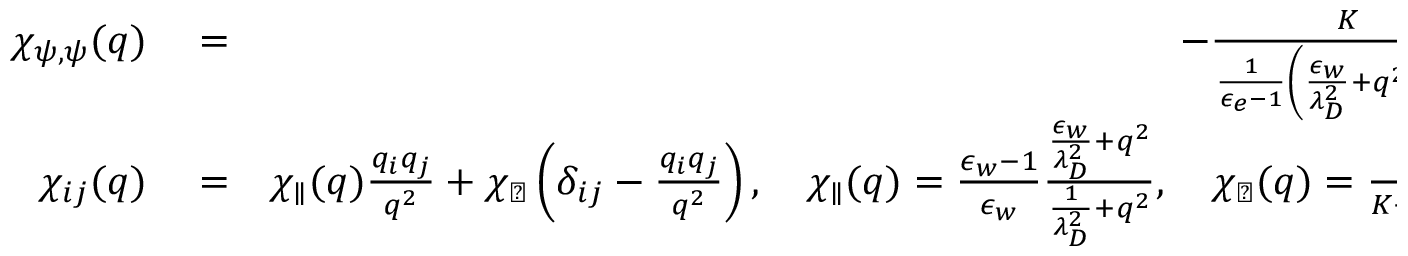
\begin{array} { r l r } { \chi _ { \psi , \psi } ( q ) } & { { } = } & { - \frac { K } { \frac { 1 } { \epsilon _ { e } - 1 } \left( \frac { \epsilon _ { w } } { \lambda _ { D } ^ { 2 } } + q ^ { 2 } \right) + q ^ { 2 } } } \\ { \chi _ { i j } ( q ) } & { { } = } & { \chi _ { \parallel } ( q ) \frac { q _ { i } q _ { j } } { q ^ { 2 } } + \chi _ { \perp } \left( \delta _ { i j } - \frac { q _ { i } q _ { j } } { q ^ { 2 } } \right) , \quad \chi _ { \parallel } ( q ) = \frac { \epsilon _ { w } - 1 } { \epsilon _ { w } } \frac { \frac { \epsilon _ { w } } { \lambda _ { D } ^ { 2 } } + q ^ { 2 } } { \frac { 1 } { \lambda _ { D } ^ { 2 } } + q ^ { 2 } } , \quad \chi _ { \perp } ( q ) = \frac { 1 } { K + \kappa _ { t } q ^ { 2 } } } \end{array}